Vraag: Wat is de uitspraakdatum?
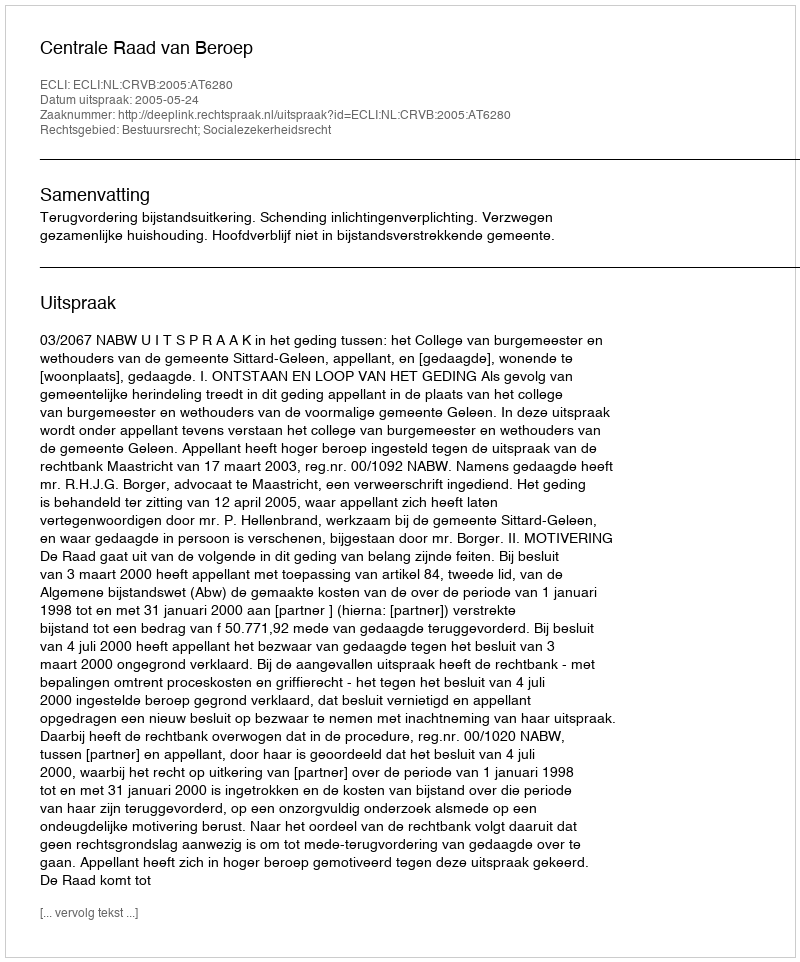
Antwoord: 2005-05-24